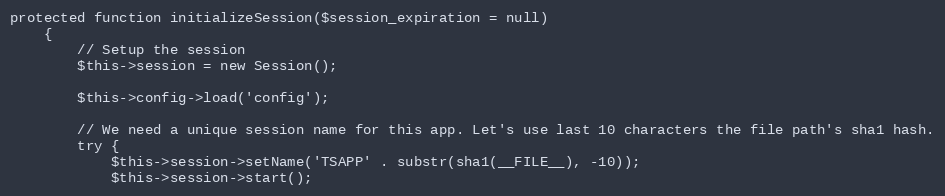
Language: PHP
protected function initializeSession($session_expiration = null)
	{
		// Setup the session
		$this->session = new Session();

		$this->config->load('config');

		// We need a unique session name for this app. Let's use last 10 characters the file path's sha1 hash.
		try {
			$this->session->setName('TSAPP' . substr(sha1(__FILE__), -10));
			$this->session->start();